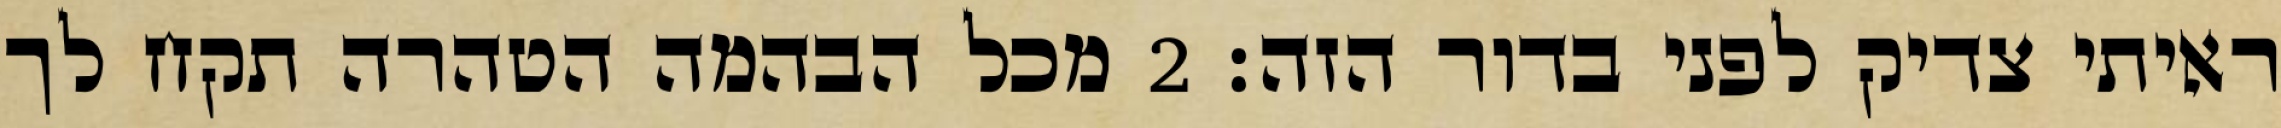
ראיתי צדיק לפני בדור הזה׃ ‎2‏ מכל הבהמה הטהרה תקח לך